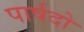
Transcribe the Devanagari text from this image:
पार्षदो